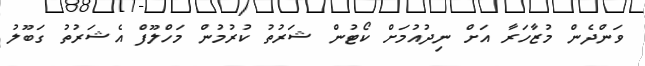
ވަންދެން މުޒާހަރާ އަށް ނިދުއުމަށް ކޯޓުން ޝަރުތު ކުރުމުން މަހްލޫފް އެޝަރުތު ގަބޫލު